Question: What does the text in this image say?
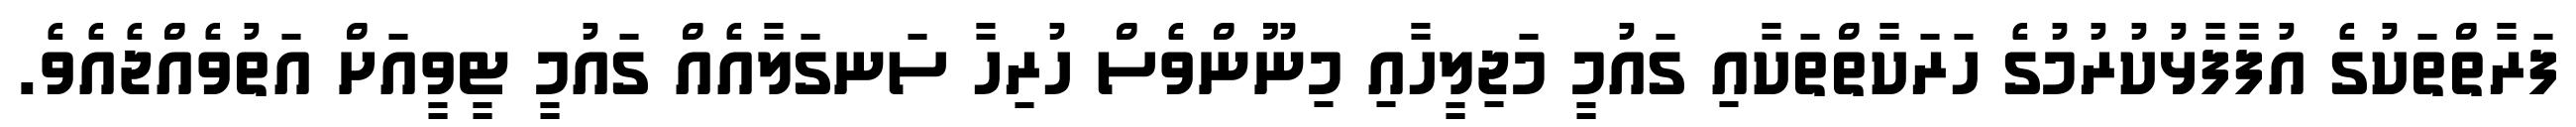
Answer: ފަރާތްތަކުގެ އުފާފާޅުކުރުމުގެ ހަރަކާތްތަކާއި ގައުމީ މަޖިލީހާއި މިނޫންވެސް ހުރިހާ ސަނގަލާއެއް ގައުމީ ޓީވީއަށް އަތުވެއްޖެއެވެ.